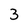
Character: 3